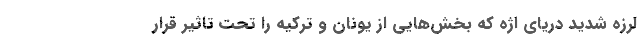
لرزه شدید دریای اژه که بخش‌هایی از یونان و ترکیه را تحت تاثیر قرار